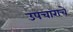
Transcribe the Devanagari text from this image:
उपचाराचे